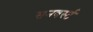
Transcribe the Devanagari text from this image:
सनबर्स्ट